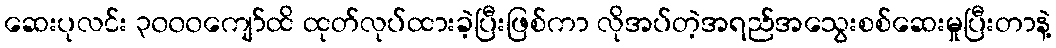
ဆေးပုလင်း ၃၀၀၀ကျော်ထိ ထုတ်လုပ်ထားခဲ့ပြီးဖြစ်ကာ လိုအပ်တဲ့အရည်အသွေးစစ်ဆေးမှုပြီးတာနဲ့